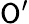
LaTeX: \mathsf{O}^{\prime}